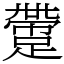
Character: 䠠